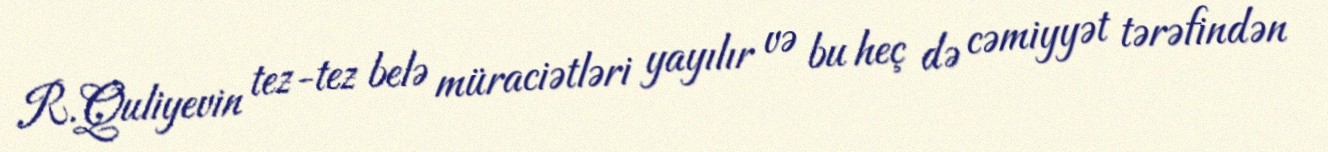
R.Quliyevin tez-tez belə müraciətləri yayılır və bu heç də cəmiyyət tərəfindən